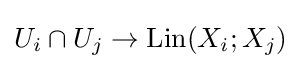
U_{i}\cap U_{j}\to \mathrm {Lin} (X_{i};X_{j})